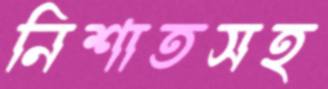
নিশাতসহ